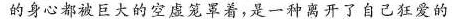
的身心都被巨大的空虚笼罩着，是一种离开了自己在爱的